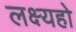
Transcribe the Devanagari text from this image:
लक्ष्यहो